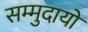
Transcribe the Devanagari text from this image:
सम्मुदायों